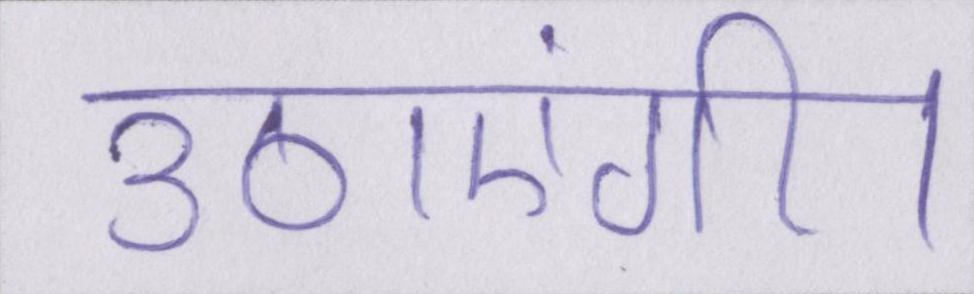
उठाएंगी।